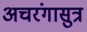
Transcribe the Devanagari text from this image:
अचरंगासुत्र